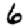
Digit: 6